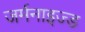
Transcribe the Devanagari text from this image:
जर्मनाइज्ड